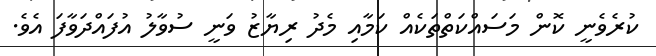
ކުރެވެނީ ކޮން މަސައްކަތްތަކެއް ކަމާއި މެދު ރިޔާޒު ވަނީ ސުވާލު އުފައްދަވާފަ އެވެ.